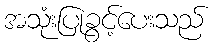
အသုံးပြုခွင့်ပေးသည်